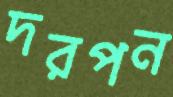
দরপন